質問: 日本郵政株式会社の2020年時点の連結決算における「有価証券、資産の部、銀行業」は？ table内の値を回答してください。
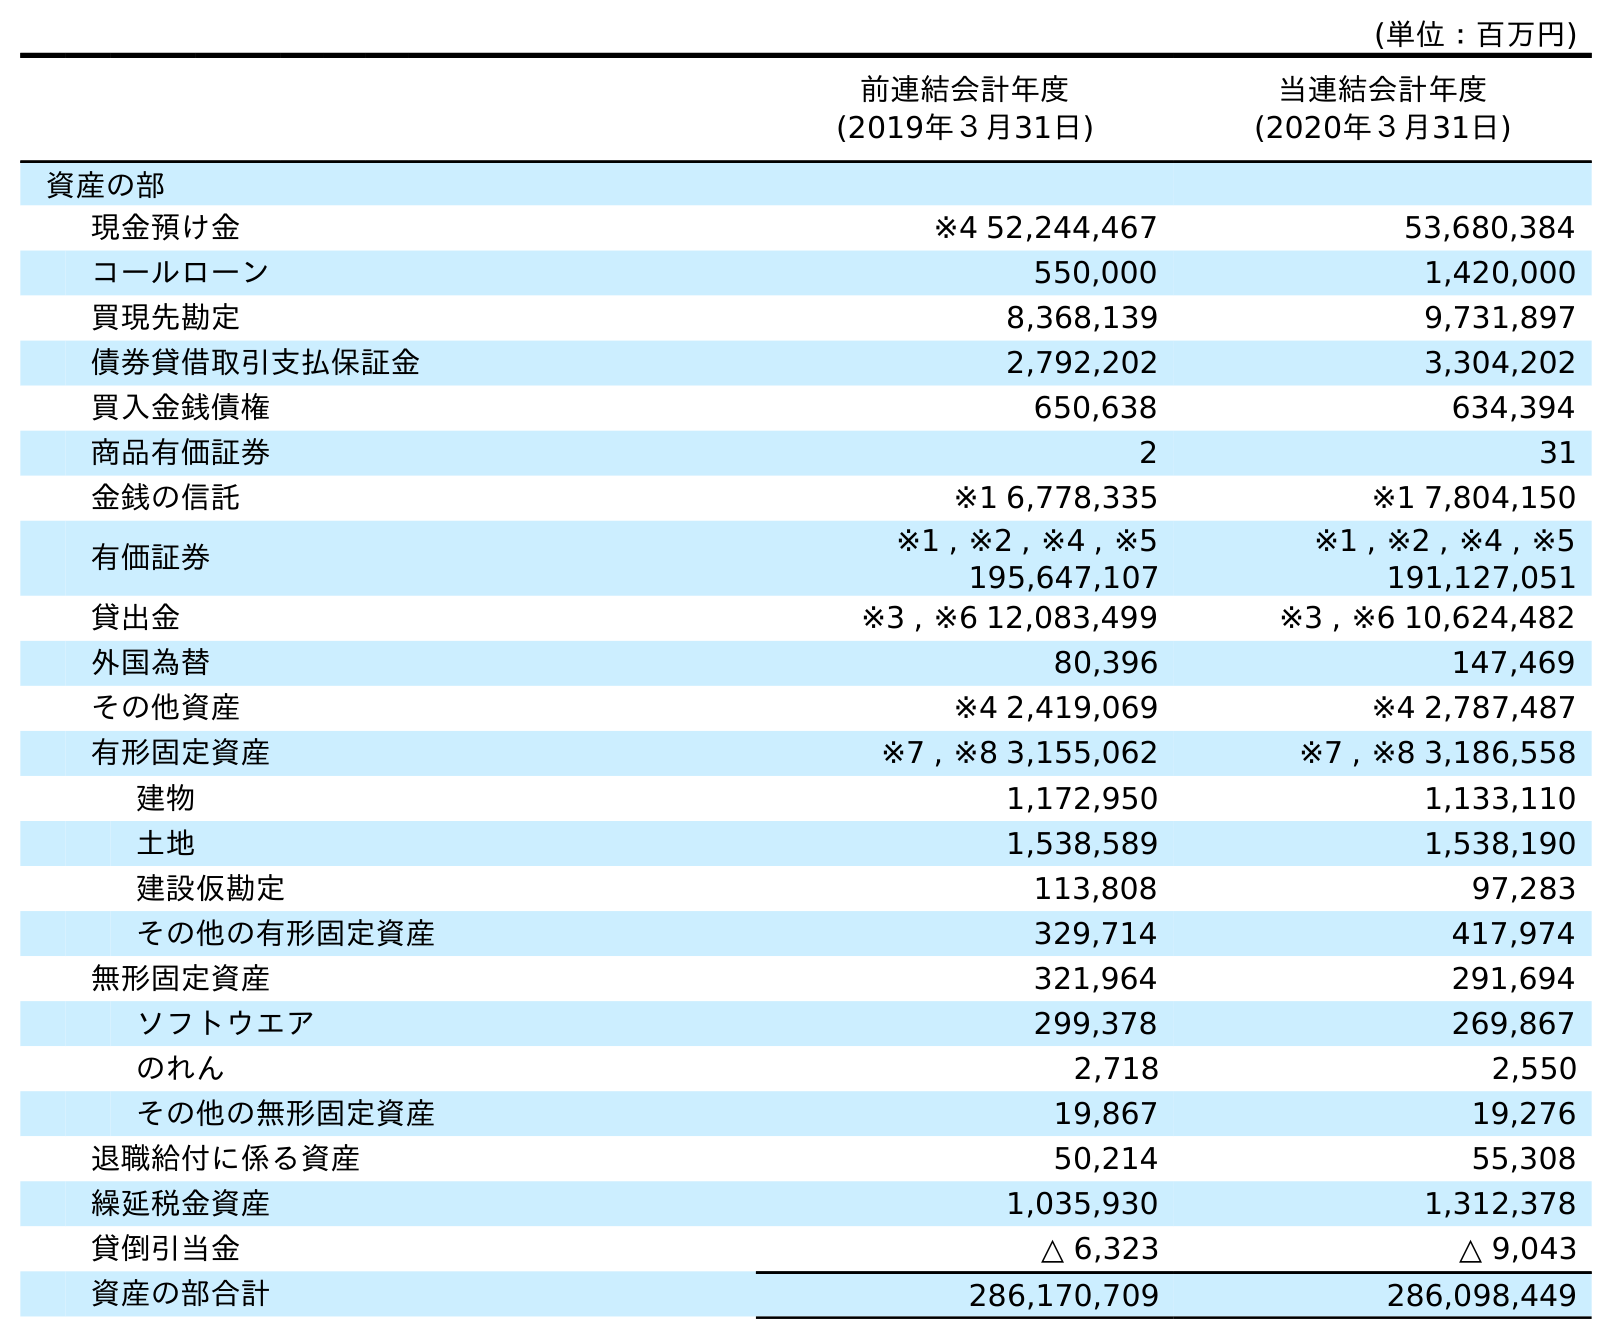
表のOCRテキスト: (単位：百万円) 前連結会計年度 (2019年３月31日) 当連結会計年度 (2020年３月31日) 資産の部 現金預け金 ※4 52,244,467 53,680,384 コールローン 550,000 1,420,000 買現先勘定 8,368,139 9,731,897 債券貸借取引支払保証金 2,792,202 3,304,202 買入金銭債権 650,638 634,394 商品有価証券 2 31 金銭の信託 ※1 6,778,335 ※1 7,804,150 有価証券 ※1 , ※2 , ※4 , ※5 195,647,107 ※1 , ※2 , ※4 , ※5 191,127,051 貸出金 ※3 , ※6 12,083,499 ※3 , ※6 10,624,482 外国為替 80,396 147,469 その他資産 ※4 2,419,069 ※4 2,787,487 有形固定資産 ※7 , ※8 3,155,062 ※7 , ※8 3,186,558 建物 1,172,950 1,133,110 土地 1,538,589 1,538,190 建設仮勘定 113,808 97,283 その他の有形固定資産 329,714 417,974 無形固定資産 321,964 291,694 ソフトウエア 299,378 269,867 のれん 2,718 2,550 その他の無形固定資産 19,867 19,276 退職給付に係る資産 50,214 55,308 繰延税金資産 1,035,930 1,312,378 貸倒引当金 △ 6,323 △ 9,043 資産の部合計 286,170,709 286,098,449
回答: ※1,※2,※4,※5191,127,051